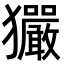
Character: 玁